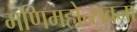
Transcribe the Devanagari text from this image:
मणिमहोत्सवना